Report on sanitation, dispensaries, and jails in Rajputana for 1918, and on vaccination for the year 1918-1919 - 1918-1919
Year: 1918
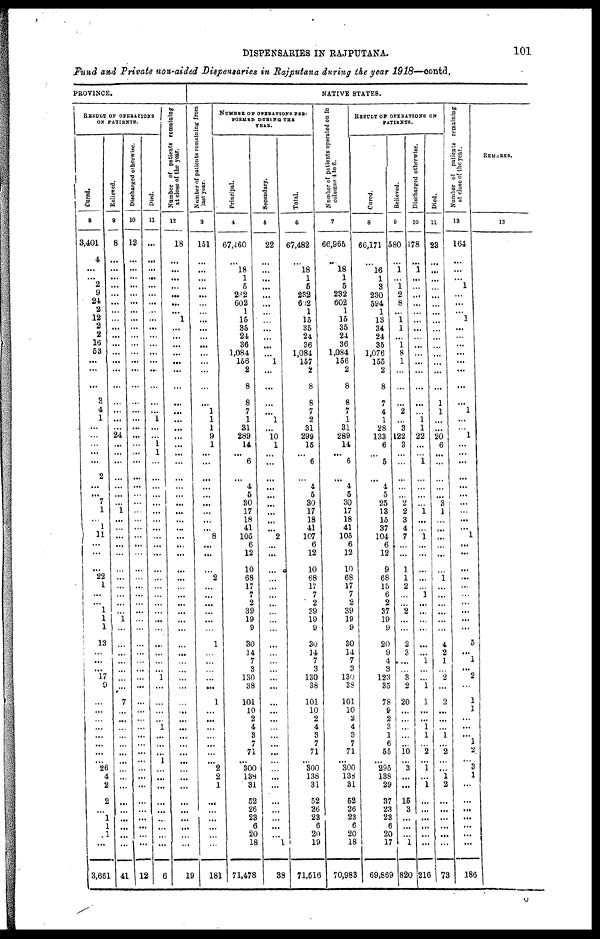
DISPENSARIES IN RAJPUTANA.
101
Fund and Private non-aided Dispensaries in Rajputana during the year 1918—contd.
PROVINCE.
RESULT OF OPERATIONS
ON PATIENTS.
Cured.
8
3,401
4
...
...
2
9
24
2
12
2
2
16
53
...
...
...
3
4
1
...
...
...
...
...
2
...
...
7
1
...
1
11
...
...
...
22
1
...
...
1
1
1
13
...
...
...
17
9
...
...
...
...
...
...
...
... 26
4
2
2
...
1
1
1
...
3,661
Relieved.
9
8
...
...
...
...
...
...
...
...
...
...
...
...
...
...
...
...
...
...
...
24
...
...
...
...
...
...
...
1
...
...
...
...
...
...
...
...
...
...
...
1
...
...
...
...
...
...
...
7
...
...
...
...
...
...
... ...
...
...
...
...
...
...
...
...
41
Discharged otherwise.
10
12
...
...
...
...
...
...
...
...
...
...
...
...
...
...
...
...
...
...
...
...
...
...
...
...
...
...
...
...
...
...
...
...
...
...
...
...
...
...
...
...
...
...
...
...
...
...
...
...
...
...
...
...
...
...
... ...
...
...
...
...
...
...
...
...
12
Died.
11
...
...
...
...
...
...
...
...
...
...
...
...
...
...
...
...
...
...
1
...
...
1
1
...
...
...
...
...
...
...
...
...
...
...
...
...
...
...
...
...
...
...
...
...
...
...
1
...
...
...
...
1
...
...
1 ... ...
...
...
...
...
...
...
...
...
6
Number of patients remaining
at close of the year.
12
18
...
...
...
...
...
...
...
1
...
...
...
...
...
...
...
...
...
...
...
...
...
...
...
...
...
...
...
...
...
...
...
...
...
...
...
...
...
...
...
...
...
...
...
...
...
...
...
...
...
...
...
...
...
...
... ...
...
...
...
...
...
...
...
...
19
NATIVE STATES.
N umber of patients remaining from
last year.
3
151
...
...
...
...
...
...
...
...
...
...
...
...
...
...
...
...
1
1
1
9
1
...
...
...
...
...
...
...
...
...
8
...
...
...
2
...
...
...
...
...
...
1
...
...
...
...
...
1
...
...
...
...
...
...
... 2
2
1
...
...
...
...
...
...
181
NUMBER OF OPERATIONS PER-
FORMED DURING THE
YEAR.
Principal.
4
67,460
...
18
1
5
282
602
1
15
35
24
36
1,084
156
2
8
8
7
1
31
289
14
...
6
...
4
5
30
17
18
41
105
6
12
10
68
17
7
2
39
19
9
30
14
7
3
130
38
101
10
2
4
3
7
71
... 300
138
31
52
26
23
6
20
18
71,478
Secondary.
5
22
...
...
...
...
...
...
...
...
...
...
...
...
1
...
...
...
...
1
...
10
1
...
...
...
...
...
...
...
...
...
2
...
...
...
...
...
...
...
...
...
...
...
...
...
...
...
...
...
...
...
...
...
...
...
... ...
...
...
...
...
...
...
...
1
38
Total.
6
67,482
...
18
1
5
232
602
1
15
35
24
36
1,084
157
2
8
8
7
2
31
299
15
...
6
...
4
5
30
17
18
41
107
6
12
10
68
17
7
2
39
19
9
30
14
7
3
130
38
101
10
2
4
3
7
71
... 300
138
31
52
26
23
6
20
19
71,516
Number of patients operated on in
columns to 6.
7
66,965
...
18
1
5
232
602
1
15
35
24
36
1,084
156
2
8
8
7
1
31
289
14
...
6
...
4
5
30
17
18
41
105
6
12
10
68
17
7
2
39
19
9
30
14
7
3
130
38
101
10
2
4
3
7
71
... 300
138
31
52
26
23
6
20
18
70,983
RESULT OF OPERATIONS ON
PATIENTS.
Cured.
8
66,171
...
16
1
3
230
594
1
13
34
24
35
1,076
155
2
8
7
4
1
28
133
6
...
5
...
4
5
25
13
15
37
104
6
12
9
68
15
6
2
37
19
9
20
9
4
3
123
35
78
9
2
3
1
6
55
... 295
138
29
37
23
23
6
20
17
69,869
Relieved.
9
580
...
1
...
1
2
8
...
1
1
...
1 8
1
...
...
...
2
...
3
122
3
...
...
...
...
...
2
2
3
4
7
...
...
1
1
2
...
...
2
...
...
2
3
...
...
3
2
20
...
...
...
...
...
10
... 3
...
...
15
3
...
...
...
1
820
Discharged otherwise.
10
178
...
1
...
...
...
...
...
...
...
...
...
...
...
...
...
...
...
1
1
22
...
...
1
...
...
...
...
1
...
...
1
...
...
...
...
...
1
...
...
...
...
...
...
1
...
...
1
1
...
...
1
1
...
2
... 1
...
1
...
...
...
...
...
...
216
Died.
11
23
...
...
...
...
...
...
...
...
...
...
...
...
...
...
...
1
1
...
...
20
6
...
...
...
...
...
3
1
...
...
...
...
...
...
1
...
...
...
...
...
...
4
2
1
...
2
...
2
...
...
...
1
...
2
... ...
1
2
...
...
...
...
...
...
73
Number of patients remaining
at close of the year.
12
164
...
...
...
1
...
...
...
1
...
...
...
...
...
...
...
...
1
...
...
1
...
...
...
...
...
...
...
...
...
...
1
...
...
...
...
...
...
...
...
...
...
5
...
1
...
2
...
1
1
...
...
...
1
2
... 3
1
...
...
...
...
...
...
...
186
REMARKS.
13
O